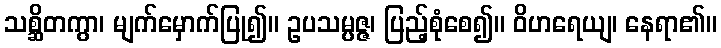
သစ္ဆိတကွာ၊ မျက်မှောက်ပြု၍။ ဥပသမ္ပဇ္ဇ၊ ပြည့်စုံစေ၍။ ဝိဟရေယျ၊ နေရာ၏။